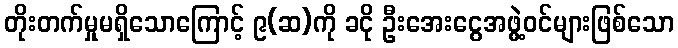
တိုးတက်မှုမရှိသောကြောင့် ၉(ဆ)ကို ခငို ဦးအေးငွေအဖွဲ့ဝင်များဖြစ်သော